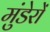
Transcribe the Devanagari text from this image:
मुंडेरों